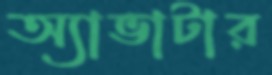
অ্যাভাটার